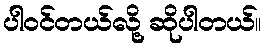
ပါဝင်တယ်လို့ ဆိုပါတယ်။